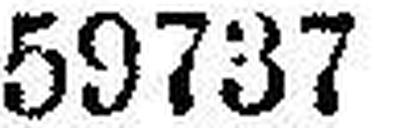
59737